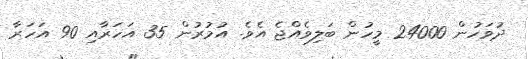
ދުވަހުން 24000 މީހުން ބަލިވެއްޖެ އެވެ. އުމުރުން 35 އަަހަރާއި 90 އަަހަރާ